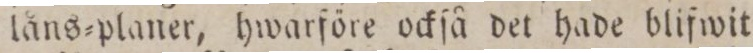
låns=planer, hwarföre ockſå det hade blifwit